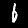
Label: 6